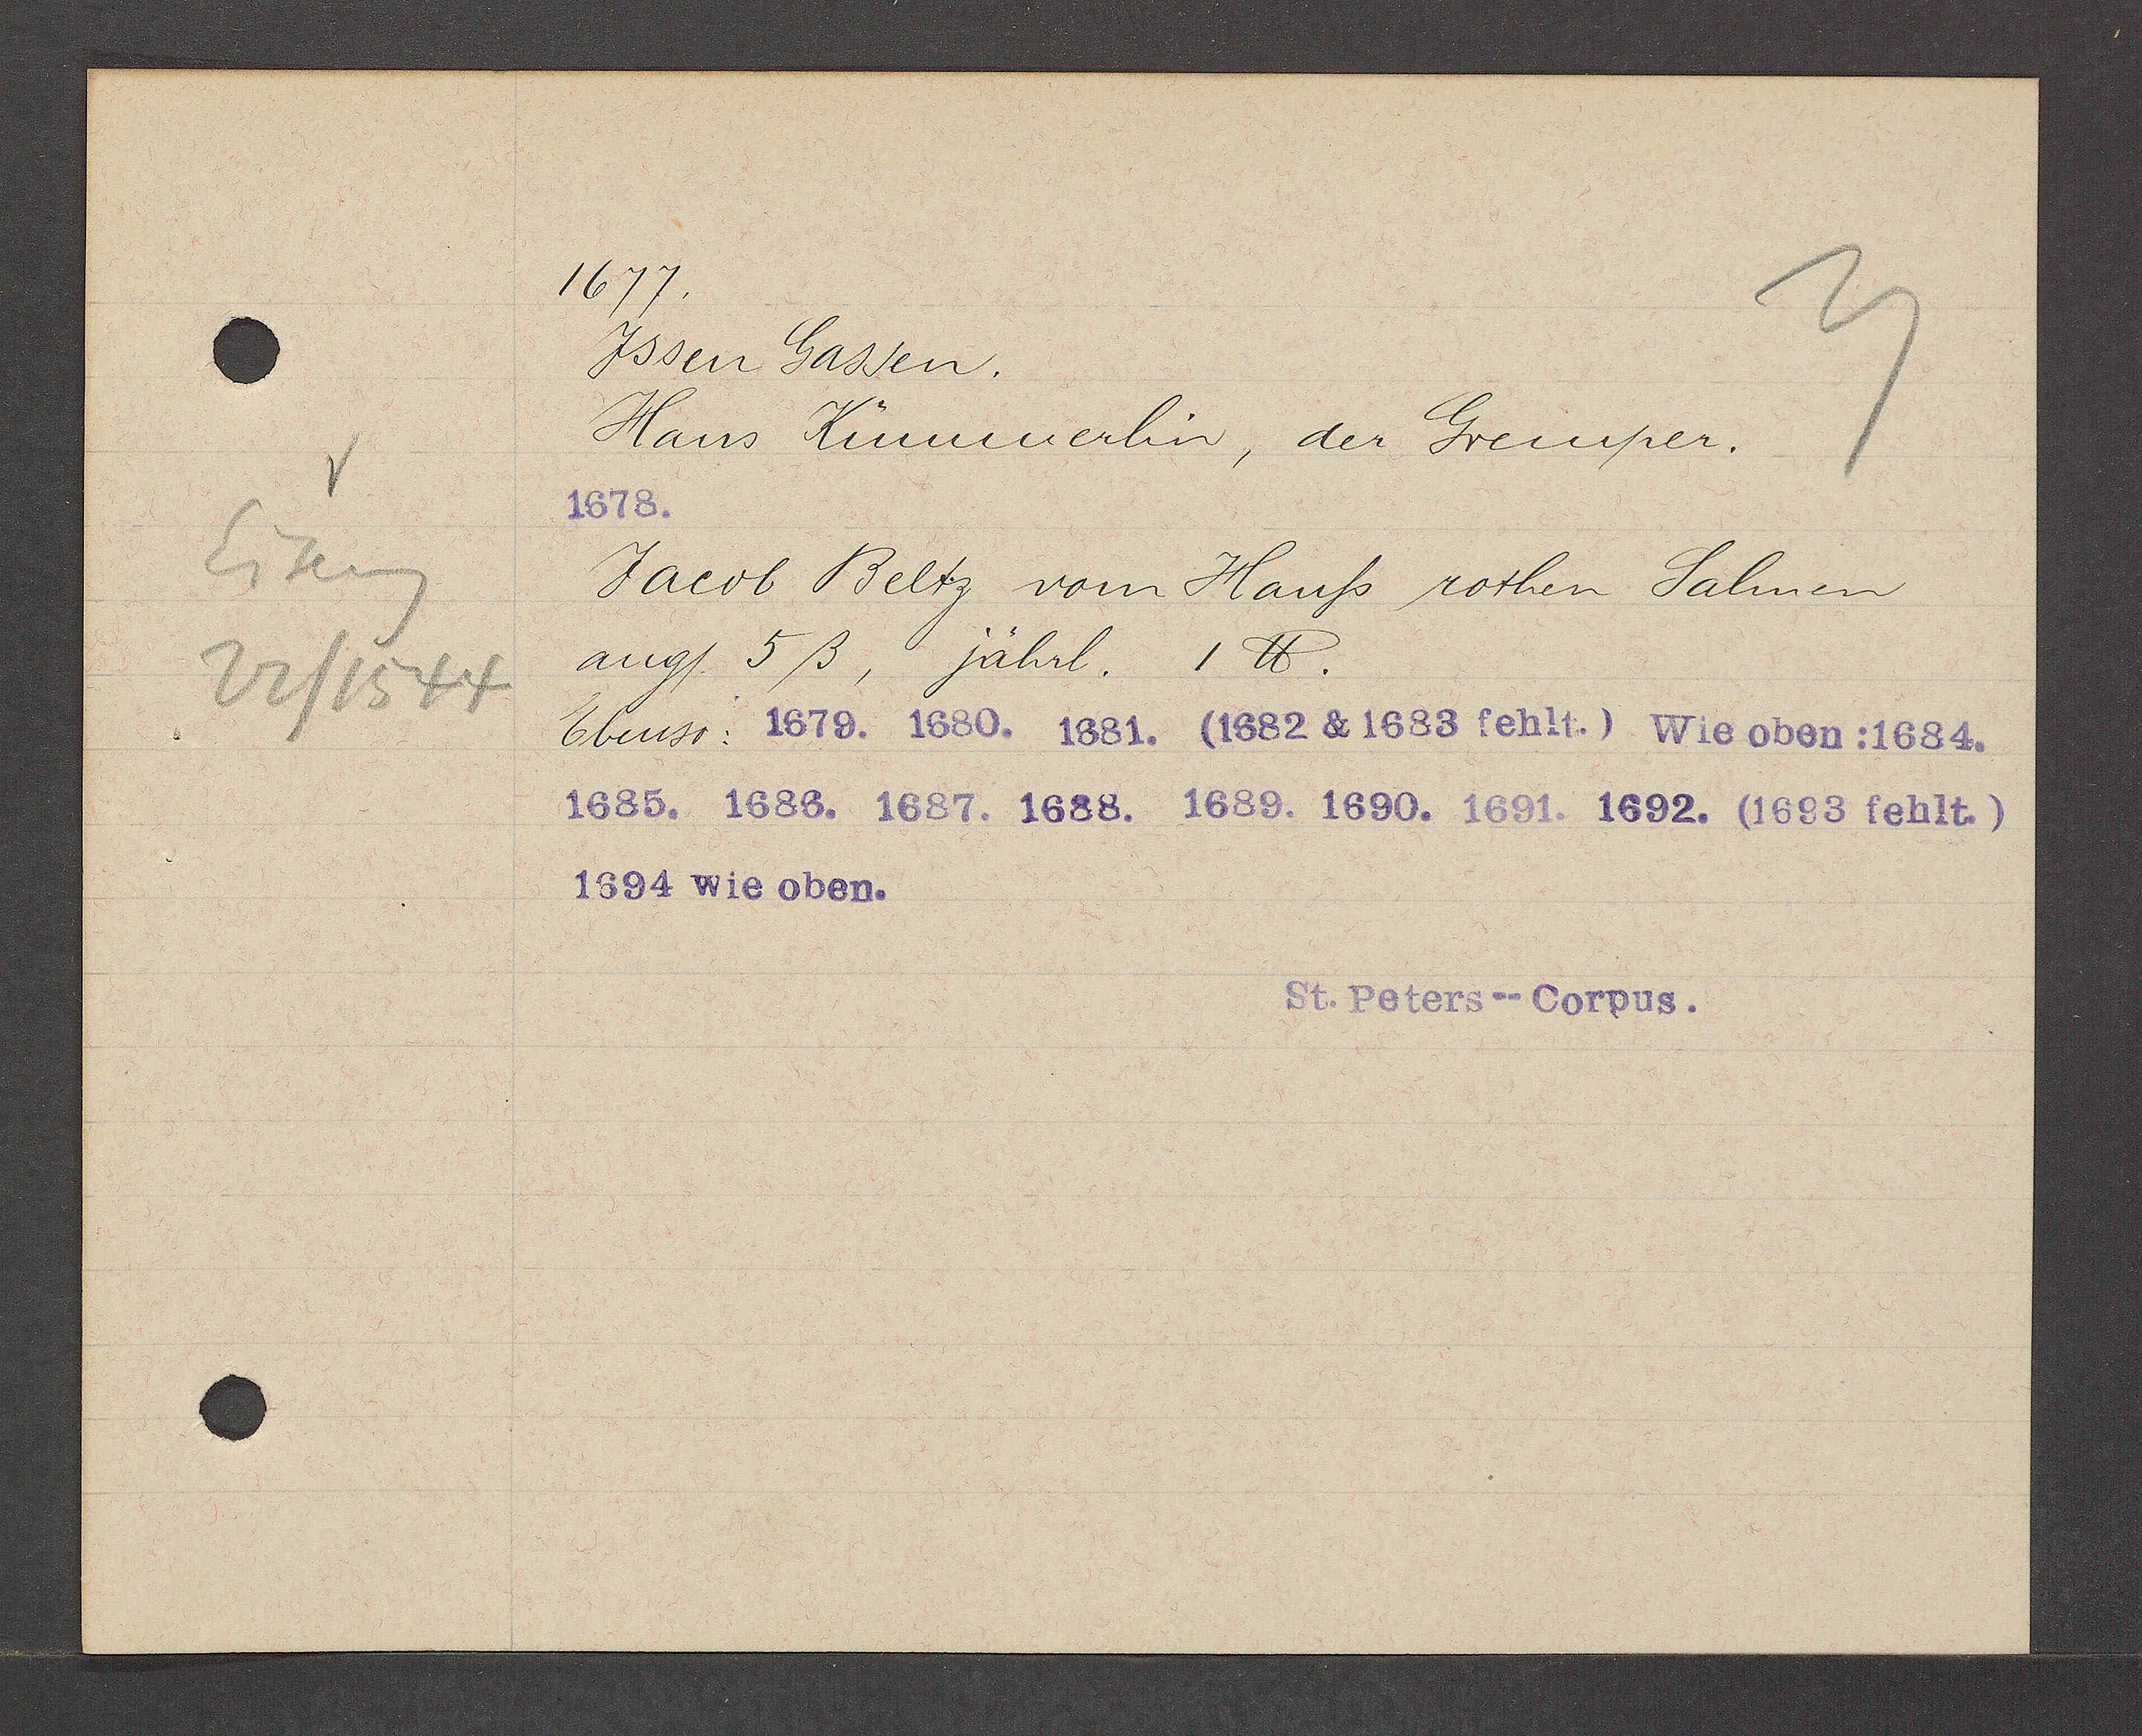
Transcript:
Eiseng
22/1544

1677.
Yssen Gassen.
Hans Kümmerlin, der Gremper.
Jacob Beltz vom Hauß rothen Salmen
ang/. 5ß, Jährl. 1 ℔.
Ebenso: